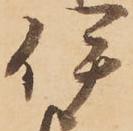
伊